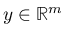
y \in \mathbb { R } ^ { m }